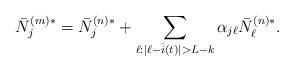
LaTeX: \begin{align*}\bar N_j^{(m)*} = \bar N_j^{(n)*} + \sum_{\ell:|\ell-\bar i(t)| > L-k}\alpha_{j\ell} \bar N_\ell^{(n)*}.\end{align*}